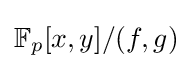
{\textstyle \mathbb {F} _{p}[x,y]/(f,g)}